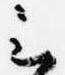
云